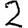
Digit: 2